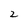
Character: 2